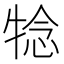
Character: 𤚋